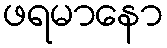
ဖရမာနော